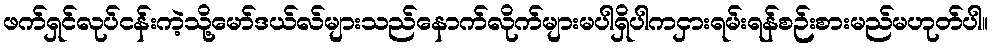
ဖက်ရှင်လုပ်ငန်းကဲ့သို့မော်ဒယ်လ်များသည်နောက်လိုက်များမပါရှိပါကငှားရမ်းရန်စဉ်းစားမည်မဟုတ်ပါ။